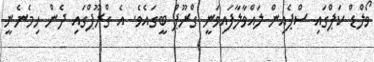
ވޯލްޑް ކަޕްގައި ސްޕެއިން ލައްވާލާފައިވަނީ ގްރޫޕް ބީގައެވެ. އެ ގްރޫޕްގައި ދެން ހިމެނެނީ